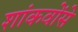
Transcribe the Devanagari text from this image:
शांकवोंसे